Vaccine operations Central Provinces 1886-1899 - 1886-1899
Year: 1886
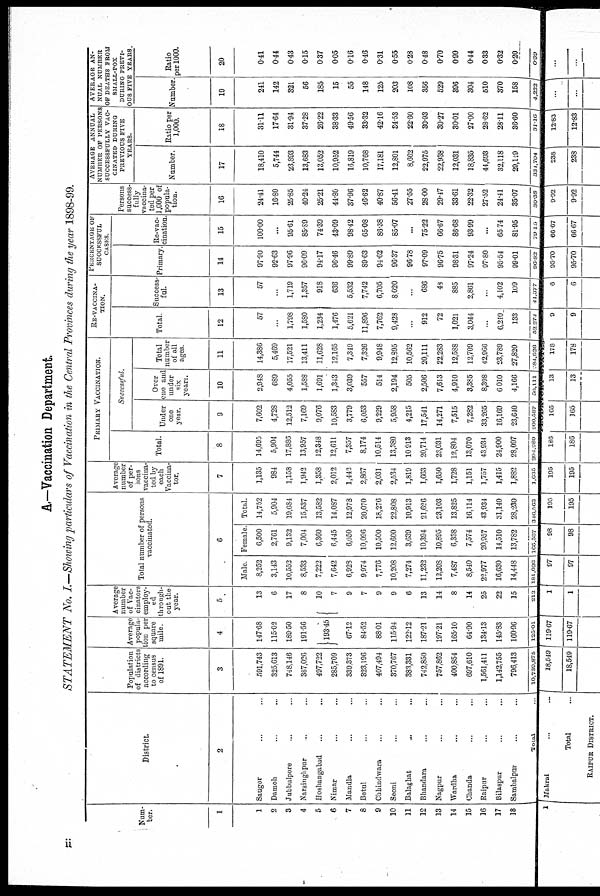
A.—Vaccination Department.
STATEMENT No. I.—Showing particulars of Vaccination in the Central Provinces during the year 1898-99.
Num-
ber.
1
1
2
3
4
5
6
7
8
9
10
11
12
13
14
15
16
17
18
District.
2
Saugor ... ...
Damoh ... ...
Jubbulpore ... ...
Narsinghpur ... ...
Hoshangabad ... ...
Nimar ... ...
Mandla ... ...
Betul ... ...
Chhindwara ... ...
Seoni ... ... ...
Balaghat
... ...
Bhandara ... ...
Nagpur ... ...
Wardha ... ...
Chanda ... ...
Raipur ... ...
Bilaspur ... ...
Sambalpur ... ...
Total ...
Population
of districts
according
to census
of 1891.
3
591,748
325,613
748,146
367,026
497,722
285,709
339,373
323,196
407,494
370,767
383,331
742,850
757,862
400,854
697,610
1,561,411
1,142,755
796,413
10,739,875
Average
popula-
tion per
square
mile
4
147.68
115.02
189.50
191.56
193.45
67.12
84.52
88.01
115.94
122.12
187.21
197.21
165.10
64.90
134.13
145.83
160.96
125.01
Average
number
of Vac-
cinators
employ-
--
through¬
out the
year.
5
13
6
17
8
10
7
9
7
9
9
6
13
14
8
14
25
22
15
212
Total number of persons
vaccinated.
6
Male
8,252
3,143
10,552
8,533
7,222
7,642
6,928
9,974
7,776
10,208
7,274
11,232
12,208
7,487
8,540
22,977
16,630
14,448
181,026
Female.
6,500
2,761
9,132
7,004
6,360
6,445
6,050
10,096
10,500
12,600
3,639
10,394
10,895
6,338
7,574
20,957
14,510
13,782
165,537
Total.
14,752
5,904
19,684
15,537
13,582
14,087
12,978
20,070
18,276
22,808
10,913
21,626
23,103
13,825
16,114
43,934
31,140
28,230
346,563
Average
number
of per-
sons
vaccina-
ted by
each
Vaccina-
tor.
7
1,135
984
1,158
1,942
1,358
2,012
1,442
2,867
2,031
2,534
1,819
1,663
1,650
1,728
1,151
1,757
1,415
1,882
1,035
PRIMARY VACCINATION.
Total.
8
14,695
5,904
17,886
13,957
12,348
12,611
7,357
8,174
10,514
13,380
10,913
20,714
23,031
12,804
13,070
43,934
24,900
28,097
294,289
Successful.
Under
one
year,
9
7,602
4,728
12,512
7,169
9,076
10,583
3,779
6,053
9,229
5,958
4,215
17,541
14,271
7,515
7,282
33,265
16,169
23,640
200,587
Over
one and
under
six
years.
10
2,948
689
4,055
1,588
1,691
1,343
3,039
557
514
2,194
505
2,506
7,613
4,910
3,385
8,398
6,010
4,166
56,111
Total
number
of all
ages
11
14,386
5,469
17,521
13,411
11,628
12,165
7,349
7,326
9,948
12,895
10,562
20,111
22,283
12,588
12,709
42,966
23,789
27,820
284,926
RE-VACCINA-
TION.
Total.
12
57
...
1,798
1,580
1,234
1,476
5,621
11,896
7,762
9,428
...
912
72
1,021
3,044
...
6,240
133
52,271
Success-
ful.
13
57
...
1,719
1,357
918
636
5,532
7,742
6,705
8,020
...
686
48
885
2,861
...
4,102
109
41,377
PERCENTAGE OF
SUCCKSSFUL
CASES.
Primary.
14
97.90
92.63
97.96
96.09
94.17
96.46
99.89
89.63
94.62
96.37
96.78
97.09
96.75
98.31
97.24
97.80
95.54
99.01
96.82
Re-vac¬
cination.
15
100.00
...
95.61
85.89
74.39
43.09
98.42
65.08
86.38
85.07
...
75.22
66.67
86.68
93.99
...
65.74
81.95
70.15
Persons
success-
fully
vaccina-
ted per
1,000 of
popula-
tion.
16
24.41
16.80
25.85
40.24
25.21
44.80
37.96
46.62
40.87
56.41
27.55
28.00
29.47
33.61
22.32
27.52
24.41
35.07
30.38
AVERAGE ANNUAL
NUMBER OF PERSONS
SUCCESSFULLY VAC-
CINATED DURING
PREVIOUS FIVE
YEARS.
Number.
17
18,410
5,744
23,893
13,683
13,052
10,952
16,819
10,768
17,181
12,801
8,662
22,975
22,938
12,031
18,835
44,693
32,118
29,119
334,704
Ratio per
1,000.
18
31.11
17.64
31.94
37.28
26.22
38.33
49.56
33.32
42.16
34.53
22.60
30.93
30.27
30.01
27.00
28.62
28.11
36.60
31.16
AVERAGE AN-
NUAL NUMBER
OF DEATHS FROM
SMALL-POX
DURING PREVI-
OUS FIVE YEARS.
Number.
19
241
142
321
56
185
15
55
148
125
203
108
356
529
396
304
510
370
158
4,222
Ratio
per 1000.
20
0.41
0.44
0.43
0.15
0.37
0.05
0.16
0.46
0.31
0.55
0.28
0.48
0.70
0.99
0.44
0.33
0.32
0.20
0.39
ii